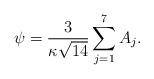
LaTeX: \begin{align*}{\psi=\frac{3}{\kappa\sqrt{14}}\sum_{j=1}^{7}A_j.}\end{align*}